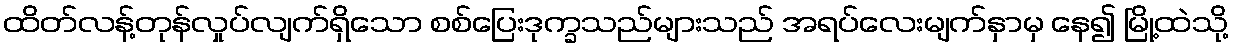
ထိတ်လန့်တုန်လှုပ်လျက်ရှိသော စစ်ပြေးဒုက္ခသည်များသည် အရပ်လေးမျက်နှာမှ နေ၍ မြို့ထဲသို့